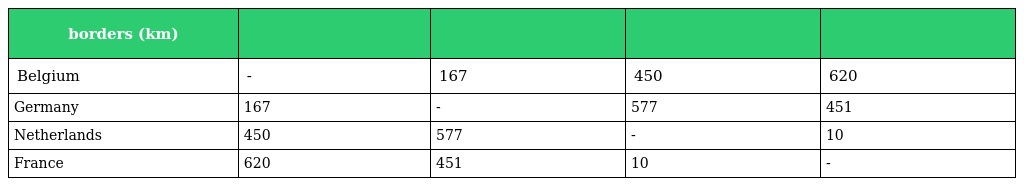
| borders (km) |  |  |  |  |
 | --- | --- | --- | --- | --- |
 | Belgium | - | 167 | 450 | 620 |
 | Germany | 167 | - | 577 | 451 |
 | Netherlands | 450 | 577 | - | 10 |
 | France | 620 | 451 | 10 | - |